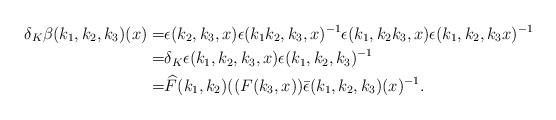
LaTeX: \begin{align*} \delta_K \beta (k_1,k_2,k_3)(x) = &\epsilon(k_2,k_3,x) \epsilon(k_1k_2,k_3,x)^{-1} \epsilon(k_1,k_2k_3,x) \epsilon(k_1,k_2,k_3x)^{-1} \\ =& \delta_K \epsilon(k_1,k_2,k_3,x) \epsilon(k_1,k_2,k_3)^{-1}\\ =& \widehat{F}(k_1,k_2)((F(k_3,x)) \bar{\epsilon}(k_1,k_2,k_3)(x)^{-1}. \end{align*}